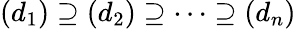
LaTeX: (d_{1})\supseteq(d_{2})\supseteq\cdots\supseteq(d_{n})